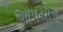
આપયોગ